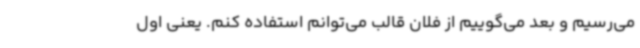
می‌رسیم و بعد می‌گوییم از فلان قالب می‌توانم استفاده کنم. یعنی اول